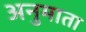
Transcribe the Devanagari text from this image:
अनुमाता